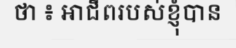
ថា ៖ អាជីពរបស់ខ្ញុំបាន